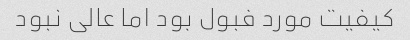
کیفیت مورد فبول بود اما عالی نبود